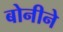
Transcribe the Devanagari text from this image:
बोनीने